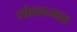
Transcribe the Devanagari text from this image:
शोकात्मक